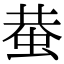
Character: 蛬